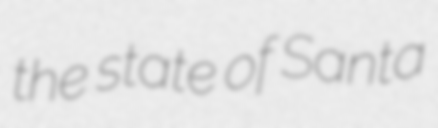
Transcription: the state of Santa